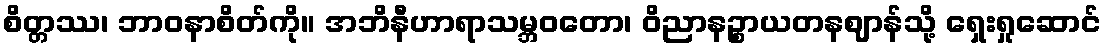
စိတ္တဿ၊ ဘာဝနာစိတ်ကို။ အဘိနီဟာရာသမ္ဘဝတော၊ ဝိညာနဉ္စာယတနဈာန်သို့ ရှေးရှုဆောင်